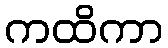
ကထိကာ